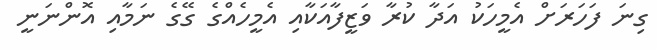
ގިނަ ފަހަރަށް އެމީހަކު އަދާ ކުރާ ވަޒީފާއަކާއި އެމީހެއްގެ ގޭގެ ނަމާއި އޮންނަނީ